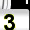
Digit: 3